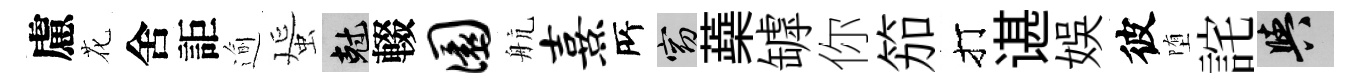
慮花舍詎逾蜑剋輟圜航熹𠩄窈蘃罅你笳打谌娱彼堕詫阳